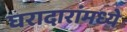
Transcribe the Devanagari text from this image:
घरादारांमध्ये